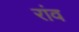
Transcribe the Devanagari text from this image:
रांव